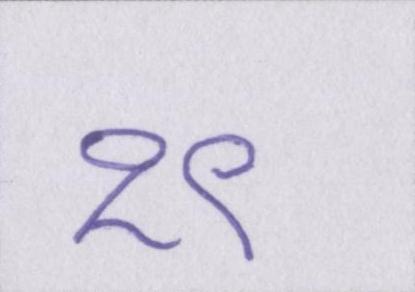
१९